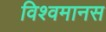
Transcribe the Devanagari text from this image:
विश्वमानस